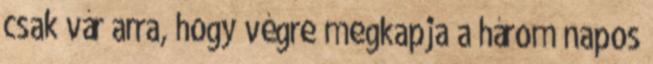
csak vár arra, hogy végre megkapja a három napos